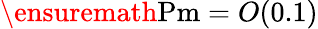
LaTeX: \ensuremath{\mathrm{Pm}}=O(0.1)